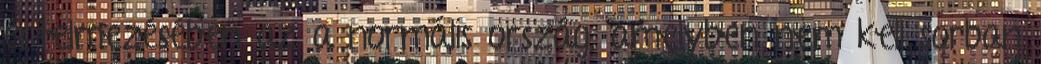
értelmezésében az a normális ország, amelyben nem kell sorban